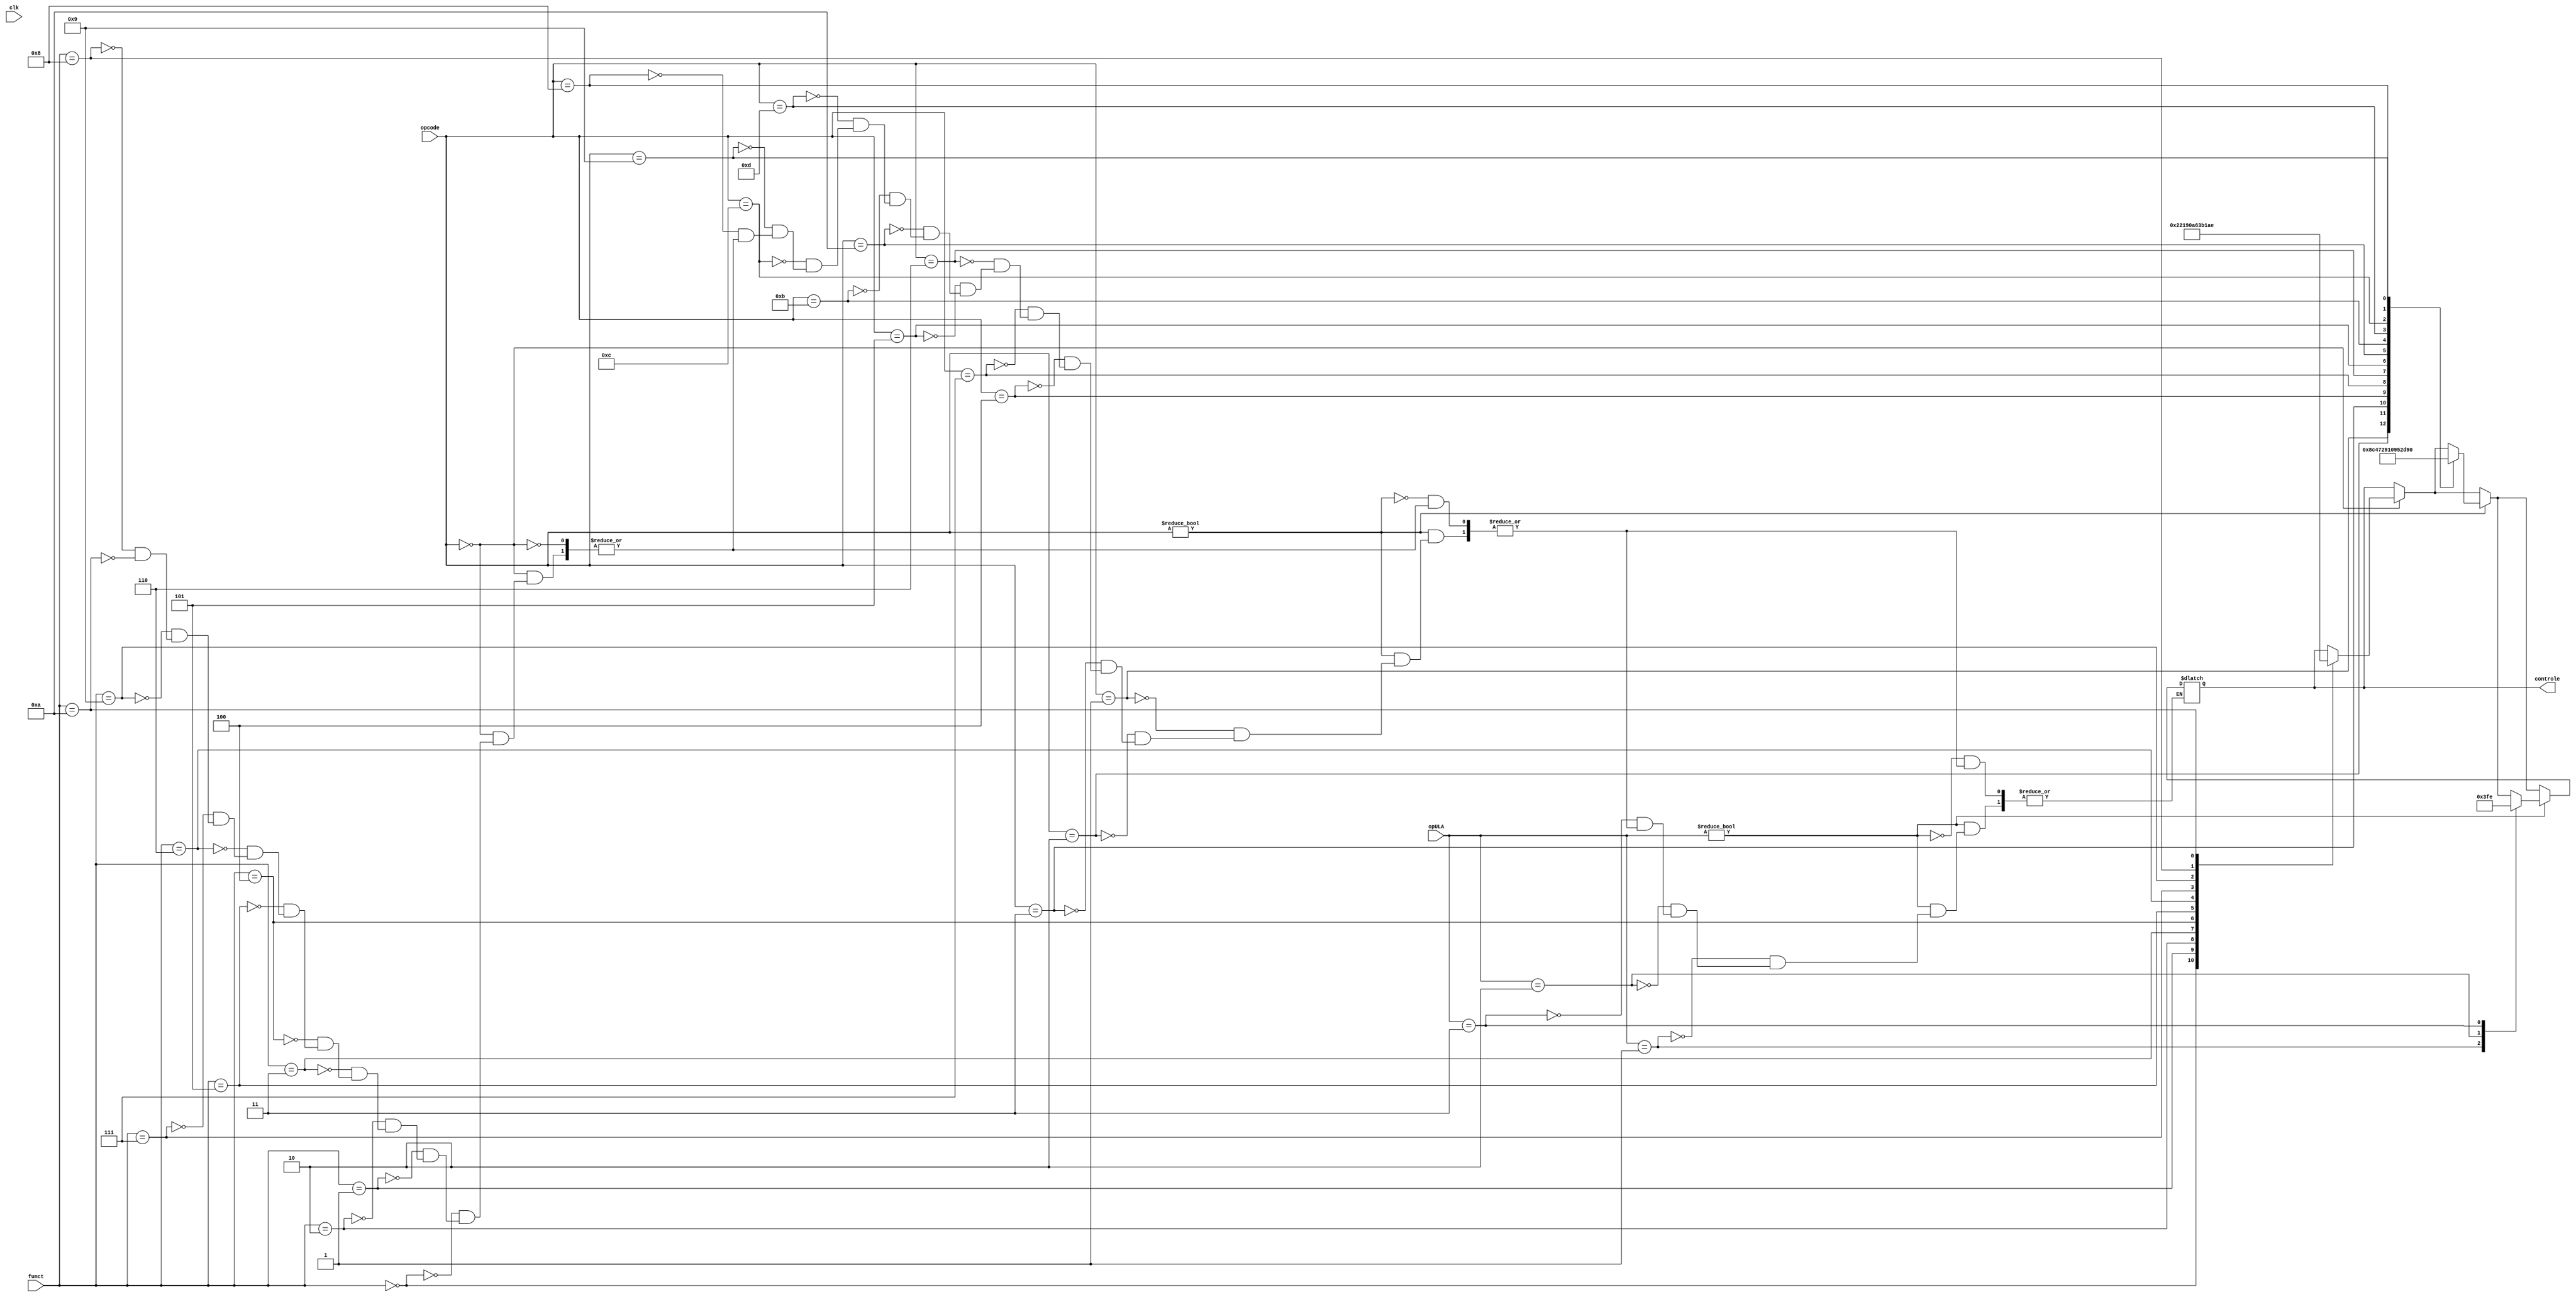
module ULA_ctrl(opcode,funct,opULA,controle,clk);

input [5:0] funct, opcode;
input [1:0] opULA;
input clk;
output reg [4:0] controle;

// Opcdode
parameter   R=6'b000000, addi=6'b000001, subi=6'b000010, divi=6'b000011, multi=6'b000100, andi=6'b000101,
			 ori=6'b000110, nori=6'b000111, slei=6'b001000, slti=6'b001001,   beq=6'b001010,  bne=6'b001011,
			 blt=6'b001100,  bgt=6'b001101,  sti=6'b001110,  ldi=6'b001111,   str=6'b010000,  ldr=6'b010001,
			 hlt=6'b010010,   in=6'b010011,  out=6'b010100,  jmp=6'b010101,   jal=6'b010110,  jst=6'b010111;

// Funct 
parameter add=6'b000000,  sub=6'b000001, mult=6'b000010,  div=6'b000011,   AND=6'b000100,   OR=6'b000101,
			NAND=6'b000110,  NOR=6'b000111,  sle=6'b001000,  slt=6'b001001,   sge=6'b001010;
	
always @(*) begin
	
	if(opcode == R) begin
		case (funct)
			add:  controle =  5'd0;
			sub:  controle =  5'd1; 
			mult: controle =  5'd2; 
			div:  controle =  5'd3; 
			AND:  controle =  5'd4; 
			OR:   controle =  5'd5; 
			NAND: controle =  5'd6; 
			NOR:  controle =  5'd7; 
			slt:  controle = 5'd12;
			sle:  controle = 5'd13;
			sge:  controle = 5'd14;
			default: controle = controle;
		endcase
	end 
	if(opcode != 6'd0) begin
		case (opcode)
			addi:  controle =  5'd0;
			subi:  controle =  5'd1;
			divi:  controle =  5'd3;
			multi: controle =  5'd2;
			nori:  controle =  5'd7;
			ori:   controle =  5'd5; 
			andi:  controle =  5'd4; 
			beq:   controle =  5'd8;  
			bne:   controle =  5'd9; 
			bgt:   controle = 5'd10;
			blt:   controle = 5'd11; 
			slti:  controle = 5'd12;
			slei:  controle = 5'd13;
			default: controle = controle;
		endcase
	end//else
	
	if(opULA != 2'b00) begin
		case(opULA)
			2'b01: controle =  5'd0;
			2'b10: controle = 5'd31;
			2'b11: controle = 5'd30;
			default: controle = controle;
		endcase
	end
end//always
endmodule